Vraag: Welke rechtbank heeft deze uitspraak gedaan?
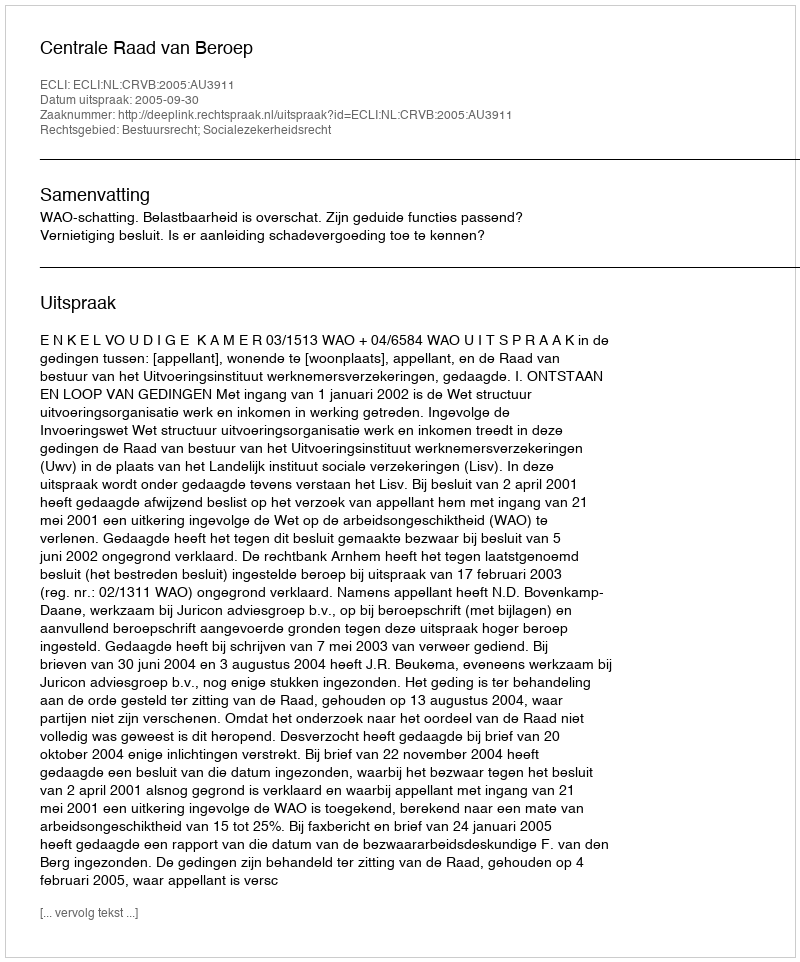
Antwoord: Centrale Raad van Beroep